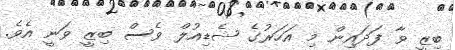
ބިޒީ ވާ ފަދައިން މި އަހަރުގެ ޝެޑިއުލް ވެސް ބިޒީ ވަނީ އެވެ.